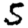
Digit: 5